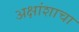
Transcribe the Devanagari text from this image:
अक्षांशाचा